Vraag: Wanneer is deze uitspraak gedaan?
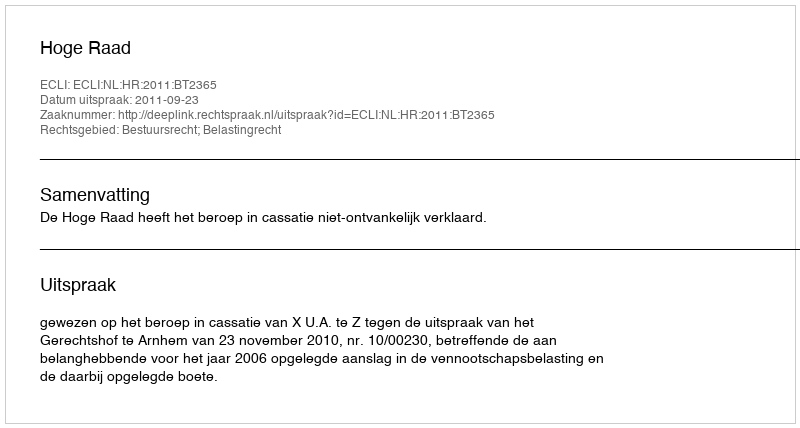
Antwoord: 2011-09-23